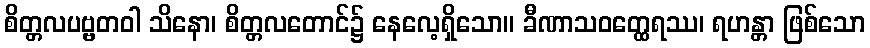
စိတ္တလပဗ္ဗတဝါ သိနော၊ စိတ္တလတောင်၌ နေလေ့ရှိသော။ ခီဏာသဝတ္ထေရဿ၊ ရဟန္တာ ဖြစ်သော